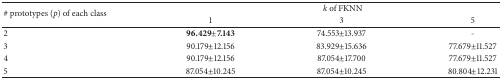
<table><thead><tr><td rowspan="2"><b># prototypes (<i>p</i>) of each class </b></td><td colspan="3"><b><i>k</i> of FKNN</b></td></tr><tr><td><b>1</b></td><td><b>3</b></td><td><b>5</b></td></tr></thead><tbody><tr><td>2</td><td><b>96.429±7.143</b></td><td>74.553±13.937</td><td>-</td></tr><tr><td>3</td><td>90.179±12.156</td><td>83.929±15.636</td><td>77.679±11.527</td></tr><tr><td>4</td><td>90.179±12.156</td><td>87.054±17.700</td><td>77.679±11.527</td></tr><tr><td>5</td><td>87.054±10.245</td><td>87.054±10.245</td><td>80.804±12.231</td></tr></tbody></table>